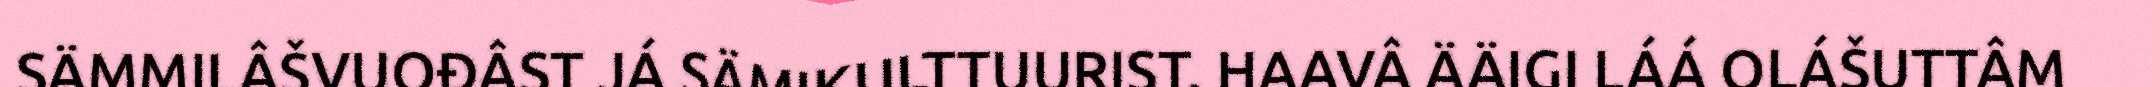
SÄMMILÂŠVUOĐÂST JÁ SÄMIKULTTUURIST. HAAVÂ ÄÄIGI LÁÁ OLÁŠUTTÂM